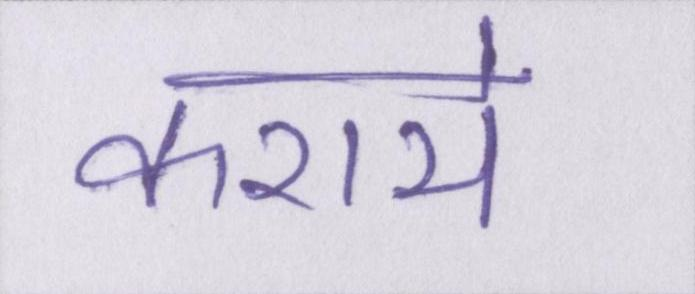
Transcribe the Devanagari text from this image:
कराये